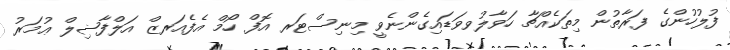
ފުލުހުންގެ ފަރާތުން މިތަކެއްޗާ ހަވާލުވވަޑައިގެންނެވީ މިނިސްޓަރ އޮފް ހޯމް އެފެއަރޒް އަލްފާޟިލް ޢުމަރު